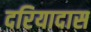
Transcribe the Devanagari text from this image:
दरियादास